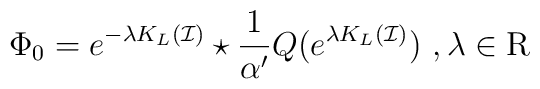
\Phi_0=e^{-\lambda K_L(\mathcal{I})}\star \frac{1}{\alpha'}Q( e^{\lambda K_L(\mathcal{I})}) \ , \lambda \in \mathrm{R}